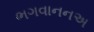
ભગવાનનઅ